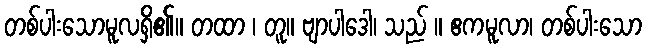
တစ်ပါးသောမူလရှိ၏။ တထာ ၊ တူ။ ဗျာပါဒေါ၊ သည် ။ ဧကမူလာ၊ တစ်ပါးသော